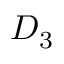
D _ { 3 }